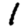
Digit: 1